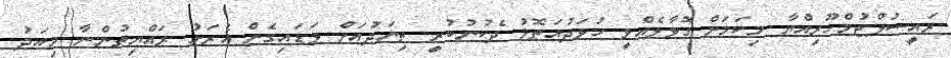
ރައީސުލްޖުމްހޫރިއްޔާ މިކަމަށް ގޮވާލެއްވީ ހުވަދުއަތޮޅު ދެކުނުބުރީ ތިނަދުއަށް ވަޑައިގެން އެރަށު ރައްޔިތުންނާ މިއަދު